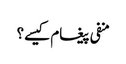
منفی پیغام کیسے؟